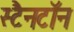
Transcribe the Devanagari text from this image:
स्टैनटॉन